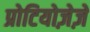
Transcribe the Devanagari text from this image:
प्रोटियोज़ेज़े